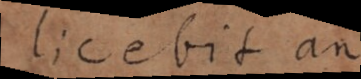
licebit an